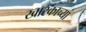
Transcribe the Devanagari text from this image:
खारकाच्या